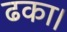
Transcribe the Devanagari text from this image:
ढका।